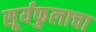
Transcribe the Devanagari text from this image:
सूर्यफुलाचा